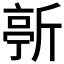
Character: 𣂳